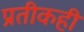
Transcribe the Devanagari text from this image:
प्रतीकही